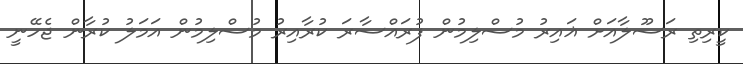
ކީރިތި ރަސޫލާއަށް ޣައިރު މުސްލިމުން ފުރައްސާރަ ކުރާއިރު މުސްލިމުން އަމަލު ކުރާން ޖެހޭނީ